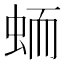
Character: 𱿟